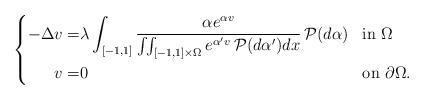
LaTeX: \begin{align*}\left\{\begin{aligned}\displaystyle -\Delta v=&\lambda \int_{[-1,1]} \frac{\alpha e^{\alpha v}}{\iint_{[-1,1]\times \Omega} e^{\alpha'v}\,{\cal P}(d\alpha')dx}\,{\cal P}(d\alpha) && \mbox{in $\Omega$} \\\displaystyle v=&0 && \mbox{on $\partial\Omega$}. \end{aligned}\right.\end{align*}